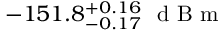
- 1 5 1 . 8 _ { - 0 . 1 7 } ^ { + 0 . 1 6 } \ \mathrm { ~ d ~ B ~ m ~ }